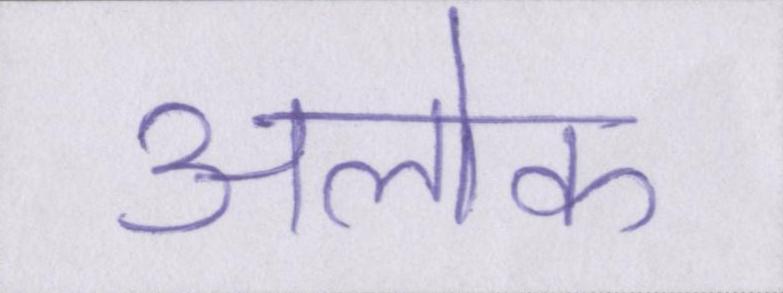
अलोक